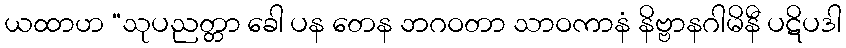
ယထာဟ “သုပညတ္တာ ခေါ ပန တေန ဘဂဝတာ သာဝကာနံ နိဗ္ဗာနဂါမိနီ ပဋိပဒါ